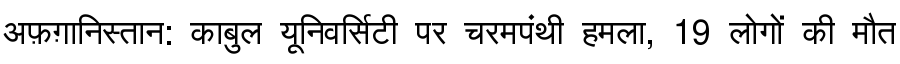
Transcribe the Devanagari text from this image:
अफ़ग़ानिस्तान: काबुल यूनिवर्सिटी पर चरमपंथी हमला, 19 लोगों की मौत